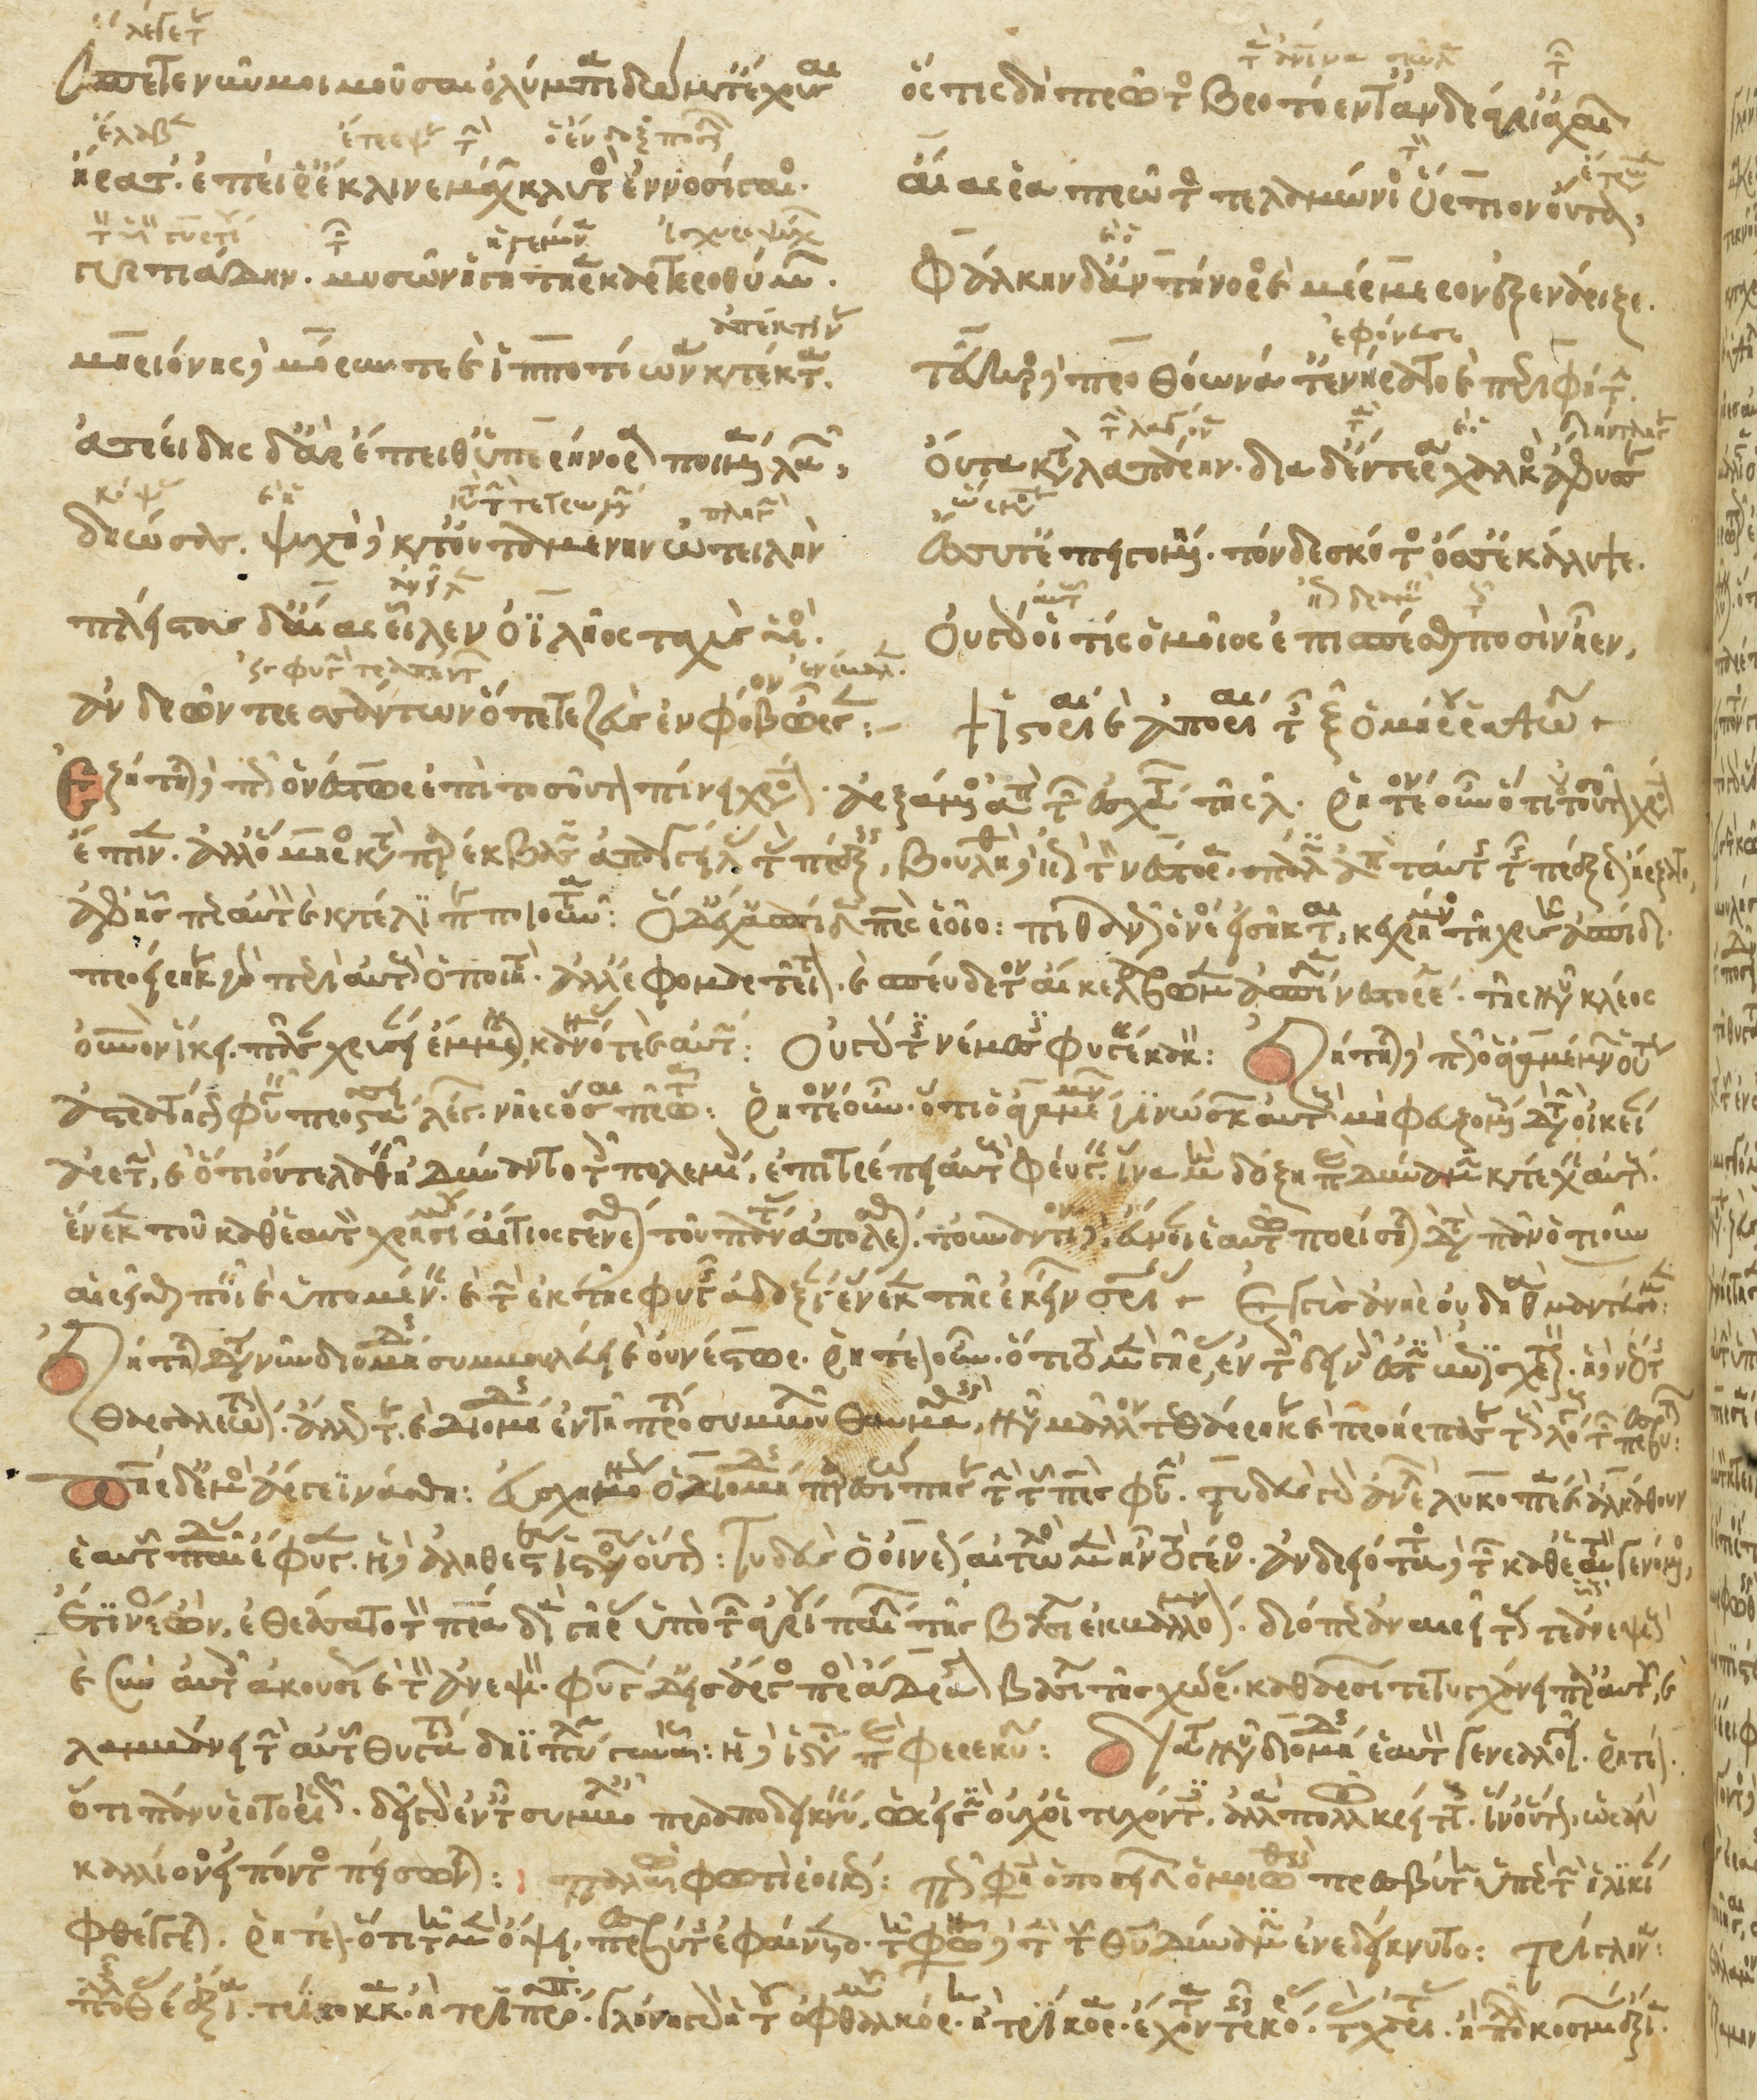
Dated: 1266–1299